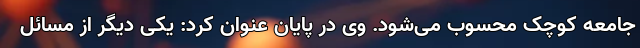
جامعه کوچک محسوب می‌شود. وی در پایان عنوان کرد: یکی دیگر از مسائل